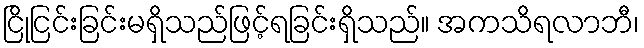
ငြိုငြင်းခြင်းမရှိသည်ဖြင့်ရခြင်းရှိသည်။ အကသိရလာဘီ၊